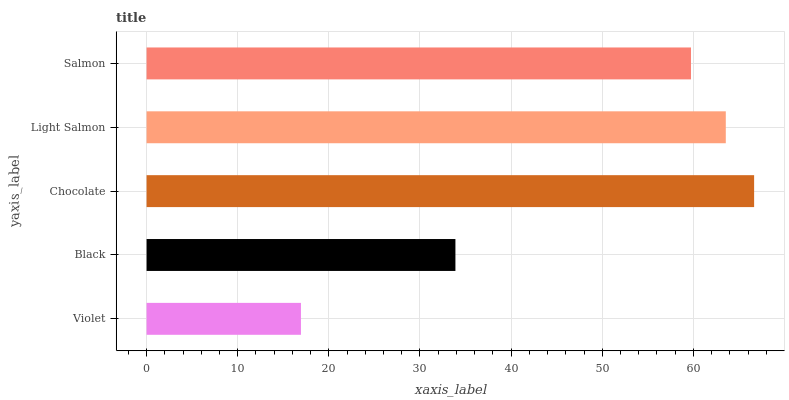
| yaxis_label | bars |
 | --- | --- |
 | Violet | 16.9 |
 | Black | 33.9 |
 | Chocolate | 66.7 |
 | Light Salmon | 63.6 |
 | Salmon | 59.7 |